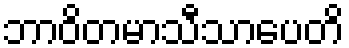
ဘာဝိတမာသီသာပေတိ